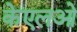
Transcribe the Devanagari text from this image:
केएलओ